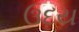
ઉદય